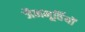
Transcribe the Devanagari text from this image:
जैनमूर्तियों